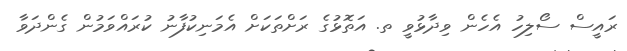
ރައީސް ސޯލިހު އެހެން ވިދާޅުވީ ތ. އަތޮޅުގެ ރަށްތަކަށް އެމަނިކުފާނު ކުރައްވަމުން ގެންދަވާ